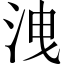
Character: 洩